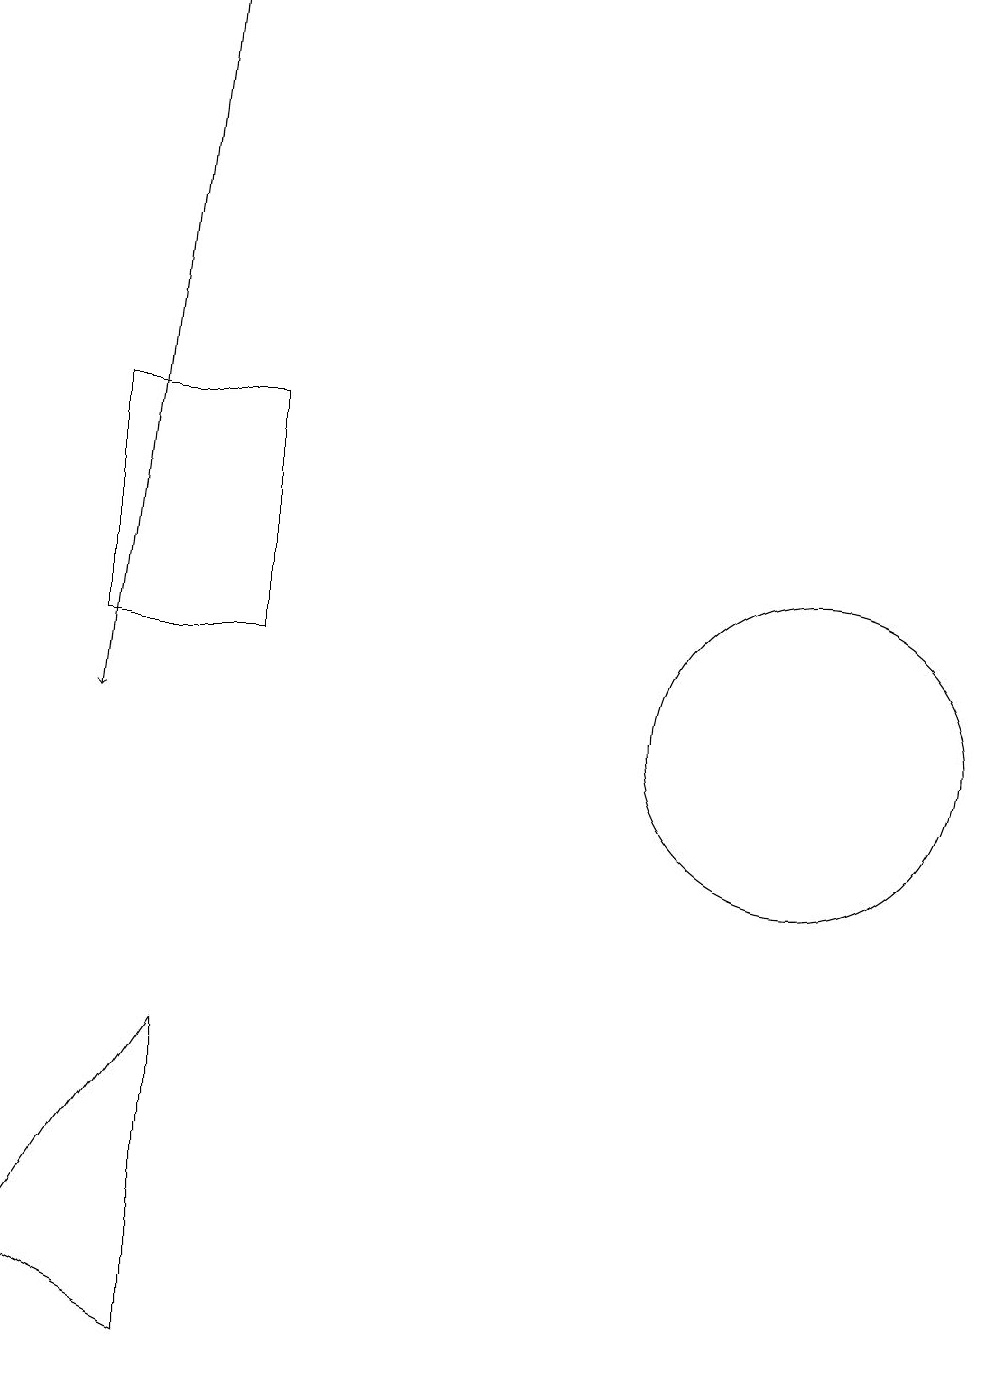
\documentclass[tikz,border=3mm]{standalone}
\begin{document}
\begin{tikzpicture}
\draw (5,11) rectangle (3,14);
\draw (12,10) circle (2);
\draw[->] (4,19) -- (3,10);
\draw (4,6) -- (2,3) -- (4,2) -- cycle;
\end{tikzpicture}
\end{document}